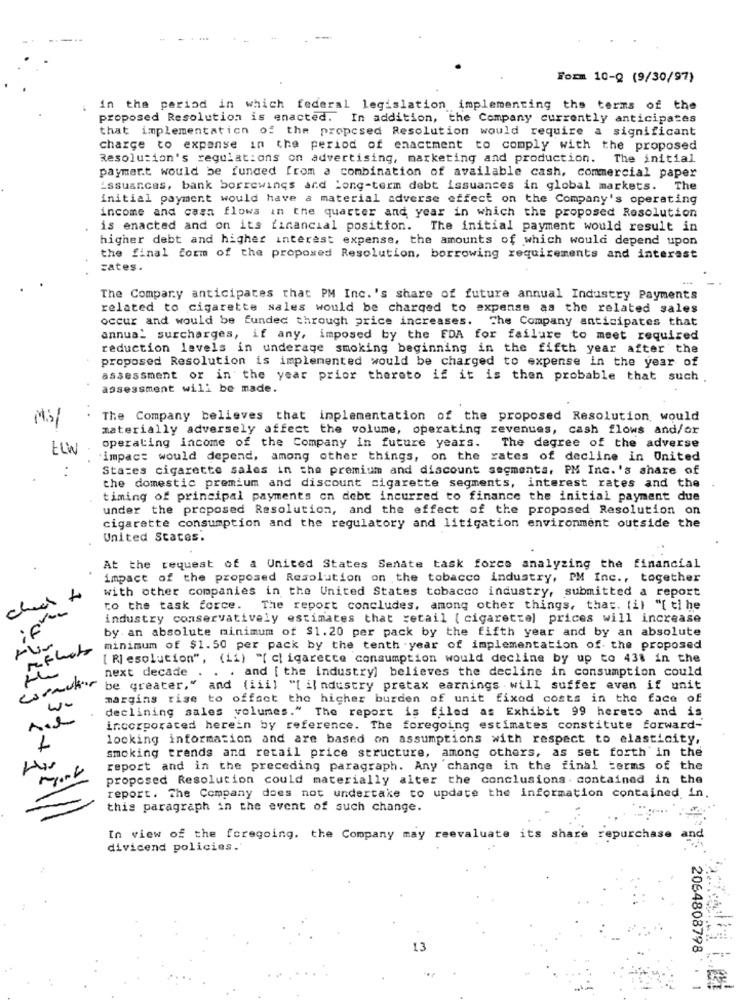
Form 10-Q (9/30/97)
in the period in which federal legislation implementing the terms of the
proposed Resolution is enacted. In addition, the Company currently anticipates
that implementation of the proposed Resolution would require a significant
charge to expense in the period of enactment to comply with the proposed
Resolution's regulations on advertising, marketing and production. The initial
payment would be funded from a combination of available cash, commercial paper
issuances, bank borrowings and Long-term debt issuances in global markets. The
initial payment would have a material adverse effect on the Company's operating
income and cash flows in the quarter and year in which the proposed Resolution
is enacted and on its financial position. The initial payment would result in
higher debt and higher interest expense, the amounts of which would depend upon
the final form of the proposed Resolution, borrowing requirements and interest
cates.
The Company anticipates that PM Inc. 's share of future annual Industry Payments
related to cigarette sales would be charged to expense as the related sales
occur and would be funded through price increases. The Company anticipates that
annua_ surcharges, if any, imposed by the EDA for failure to meet required
reduction levels in underage smoking beginning in the fifth year after the
proposed Resolution is implemented would be charged to expense in the year of
assessment or in the year prior thereto if it is then probable that such .
assessment will be made.
Mis
The Company believes that implementation of the proposed Resolution would
materially adversely affect the volume, operating revenues, cash flows and/or
operating income of the Company in future years. The degree of the adverse
impact would depend, among other things, on the rates of decline in United
States cigarette sales in the premium and discount segments, PM Inc.'s share of
the domestic premium and discount cigarette segments, interest rates and the
timing of principal payments on debt incurred to finance the initial payment due
under the proposed Resolution, and the effect of the proposed Resolution on
cigarette consumption and the regulatory and litigation environment outside the
United States.
At the request of a United States Senate task force analyzing the financial
impact of the proposed Resolution on the tobacco industry, PM Inc ., together
with other companies in the United States tobacco industry, submitted a report
check to
to the task force. The report concludes, among other things, that. (il "[ ti he
industry conservatively estimates that retail [ cigarette) prices will increase
by an absolute minimum of $1.20 per pack by the fifth year and by an absolute
minimum of $1.50 per pack by the tenth .year of implementation of- the proposed
[ Resolution", (ii) "[ c| igarecce consumption would decline by up to 431 in the
next decade . . . and [ the industry] believes the decline in consumption could
Caracter
be greater," and (iiil "[ il ndustry pretax earnings . will suffer even if unit
margins rise to offset the higher burden of unit fixed costs in the face of
declining sales volumes." The report is filed as Exhibit 99 hereto and is
incorporated herein by reference. The foregoing estimates constitute forward-
looking information and are based on assumptions with respect to elasticity,
1
smoking trends and retail price structure, among others, as set forth in the
report and in the preceding paragraph. Any change in the final terms of the
proposed Resolution could materially alter the conclusions . contained in the
report. The Company does not undertake to update the information contained in.
this paragraph in the event of such change.
In view of the foregoing. the Company may re
its
repurchase
dividend policies."
13
2064808798